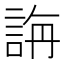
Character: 𮘍